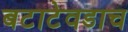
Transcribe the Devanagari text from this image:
बटाटेवडाच